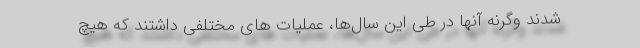
شدند وگرنه آنها در طی این سال‌ها، عملیات های مختلفی داشتند که هیچ